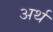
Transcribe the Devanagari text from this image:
अर्थ